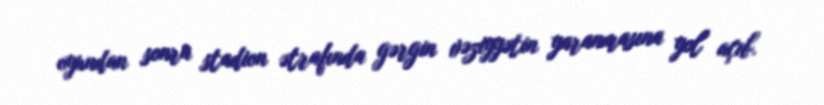
oyundan sonra stadion ətrafında gərgin vəziyyətin yaranmasına yol açıb.